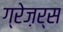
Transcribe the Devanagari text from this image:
ग्रेज़र्स